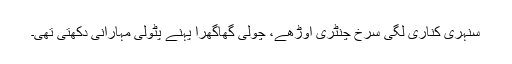
سنہری کناری لگی سرخ چنٹری اوڑھے، چولی گھاگھرا پہنے پٹولی مہارانی دِکھتی تھی۔